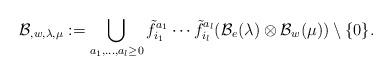
LaTeX: \begin{align*}\mathcal{B}_{, w, \lambda, \mu} := \bigcup_{a_1, \ldots, a_l \geq 0} \tilde{f}_{i_1}^{a_1} \cdots \tilde{f}_{i_l}^{a_l} (\mathcal{B}_e(\lambda) \otimes \mathcal{B}_w(\mu) ) \setminus \{ 0 \}.\end{align*}